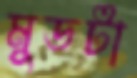
মুডটা